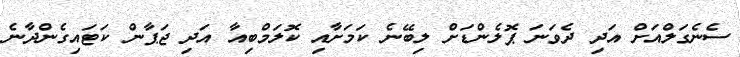
ސެނެގަލްއަށް އަދި ދެވަނަ ޕޮލެންޑަށް ލިބޭނެ ކަމަށާއި ކޮލަމްބިއާ އަދި ޖަޕާން ކަޓައިގެންދާނެ